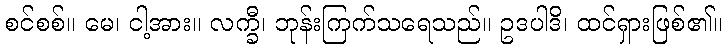
စင်စစ်။ မေ၊ ငါ့အား။ လက္ခီ၊ ဘုန်းကြက်သရေသည်။ ဥဒပါဒိ၊ ထင်ရှားဖြစ်၏။